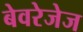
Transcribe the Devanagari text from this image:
बेवरेजेज